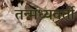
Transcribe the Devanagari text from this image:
तन्मध्यवर्ती